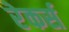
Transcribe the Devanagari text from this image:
रेकर्स